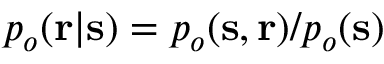
p _ { o } ( \mathbf { r } | \mathbf { s } ) = p _ { o } ( \mathbf { s } , \mathbf { r } ) / p _ { o } ( \mathbf { s } )